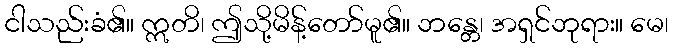
ငါသည်းခံ၏။ ဣတိ၊ ဤသို့မိန့်တော်မူ၏။ ဘန္တေ၊ အရှင်ဘုရား။ မေ၊